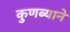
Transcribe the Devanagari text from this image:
कुणब्याने